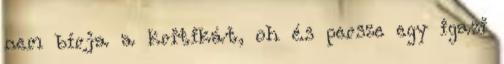
nem bírja a kritikát, oh és persze egy igazi